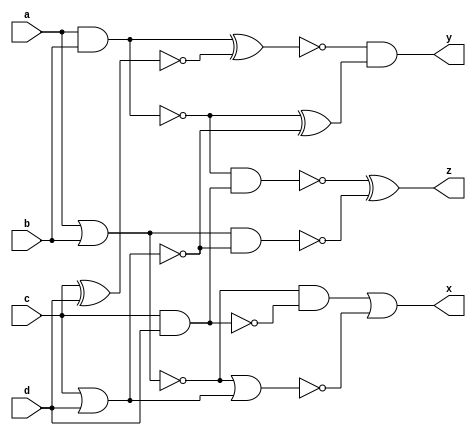

module case1 (a, b, c, d, x, y, z);


input a;
input b;
input c;
input d;
output x;
output y;
output z;

wire ab_and, ab_or, ab_nand, ab_nor, ab_xor, ab_xnor;
wire cd_and, cd_or, cd_nand, cd_nor, cd_xor, cd_xnor;
wire ac_and, bd_and, ac_or, bd_or, ac_nand, bd_nand, ac_nor, bd_nor, ac_xor, bd_xor, ac_xnor, bd_xnor;

// Gates for a and b
and  (ab_and, a, b);
or   (ab_or, a, b);
nand (ab_nand, a, b);
nor  (ab_nor, a, b);
xor  (ab_xor, a, b);
xnor (ab_xnor, a, b);

// Gates for c and d
and  (cd_and, c, d);
or   (cd_or, c, d);
nand (cd_nand, c, d);
nor  (cd_nor, c, d);
xor  (cd_xor, c, d);
xnor (cd_xnor, c, d);

// Gates for ab and cd results
and  (ac_and, ab_nor, cd_nand);
and  (bd_and, ab_xor, cd_xnor);
or   (ac_or, ab_and, cd_or);
or   (bd_or, ab_xnor, cd_xor);
nand (ac_nand, ab_nand, cd_and);
nand (bd_nand, ab_or, cd_nor);
nor  (ac_nor, ab_xor, cd_xor);
nor  (bd_nor, ab_nor, cd_or);
xor  (ac_xor, ab_xnor, cd_nand);
xor  (bd_xor, ab_nand, cd_nor);
xnor (ac_xnor, ab_and, cd_xnor);
xnor (bd_xnor, ab_or, cd_xor);

// Outputs
assign x = ac_and | bd_nor;
assign y = ac_xnor & bd_xor;
assign z = ac_nand ^ bd_nand;

endmodule